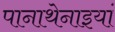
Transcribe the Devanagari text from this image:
पानाथेनाइयां